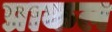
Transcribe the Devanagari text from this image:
प्राकल